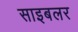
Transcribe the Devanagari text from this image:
साइबलर